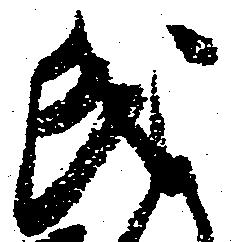
氏